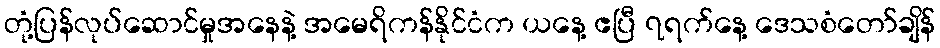
တုံ့ပြန်လုပ်ဆောင်မှုအနေနဲ့ အမေရိကန်နိုင်ငံက ယနေ့ ဧပြီ ၇ရက်နေ့ ဒေသစံတော်ချိန်